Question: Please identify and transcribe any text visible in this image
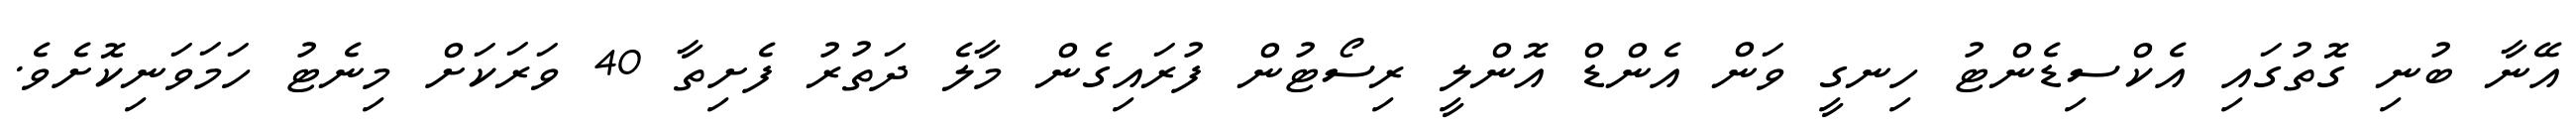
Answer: އޭނާ ބުނި ގޮތުގައި އެކްސިޑެންޓު ހިނގީ ވަން އެންޑް އޮންލީ ރިސޯޓުން ފުރައިގެން މާލެ ދަތުރު ފެށިތާ 40 ވަރަކަށް މިނެޓު ހަމަވަނިކޮށެވެ.